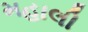
મહાલી